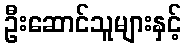
ဦးဆောင်သူများနှင့်